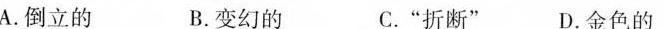
A.倒立的 B.变幻的 C.“折断” D.金色的